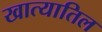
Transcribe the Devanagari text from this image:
खात्यातिल